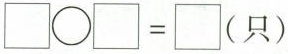
$$\Box \bigcirc \Box = \Box$$（只）